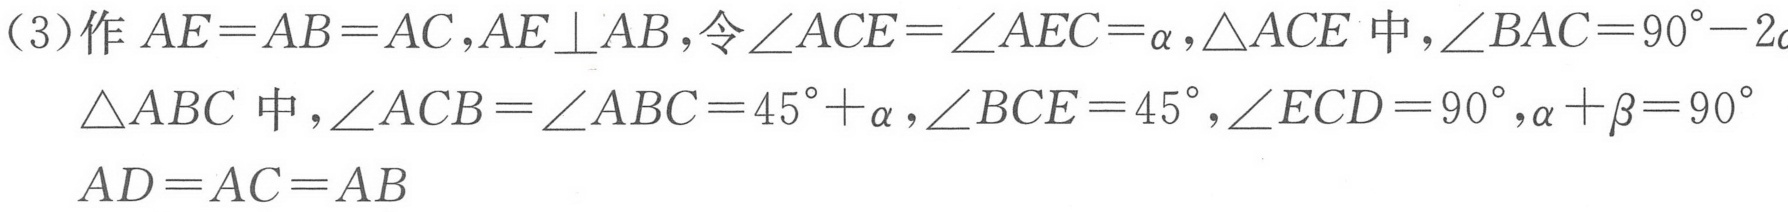
(3)作\(AE = AB = AC,AE\perp AB\)，令\(\angle ACE=\angle AEC=\alpha\)，\(\triangle ACE\)中，\(\angle BAC = 90^{\circ}-2\alpha\)
\(\triangle ABC\)中，\(\angle ACB=\angle ABC = 45^{\circ}+\alpha\)，\(\angle BCE = 45^{\circ}\)，\(\angle ECD = 90^{\circ}\)，\(\alpha+\beta = 90^{\circ}\)
\(AD = AC = AB\)